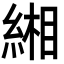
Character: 緗